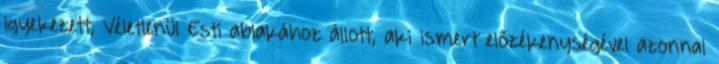
igyekezett, Véletlenül Esti ablakához állott, aki ismert előzékenységével azonnal